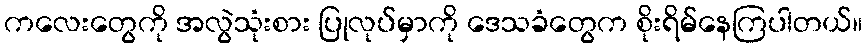
ကလေးတွေကို အလွဲသုံးစား ပြုလုပ်မှာကို ဒေသခံတွေက စိုးရိမ်နေကြပါတယ်။